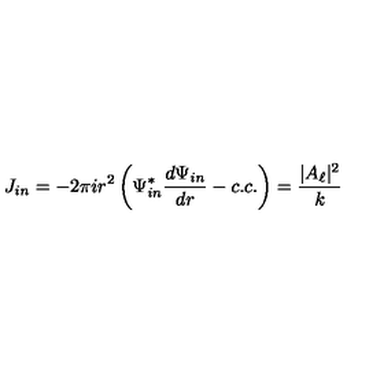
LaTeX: J _ { i n } = - 2 \pi i r ^ { 2 } \left( \Psi _ { i n } ^ { \ast } { \frac { d \Psi _ { i n } } { d r } } - c . c . \right) = { \frac { | A _ { \ell } | ^ { 2 } } { k } }